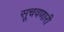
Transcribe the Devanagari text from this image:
सूचवणारी